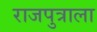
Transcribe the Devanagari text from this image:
राजपुत्राला